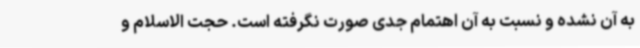
به آن نشده و نسبت به آن اهتمام جدی صورت نگرفته است. حجت الاسلام و